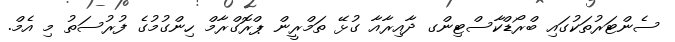
ސެންޓަރުތަކުގައި ބްރޯޑްކާސްޓިންގ ދާއިރާއާ ގުޅޭ ތަމްރީން ޕްރޮގްރާމް ހިންގުމުގެ ފުރުސަތު މި އެމް.